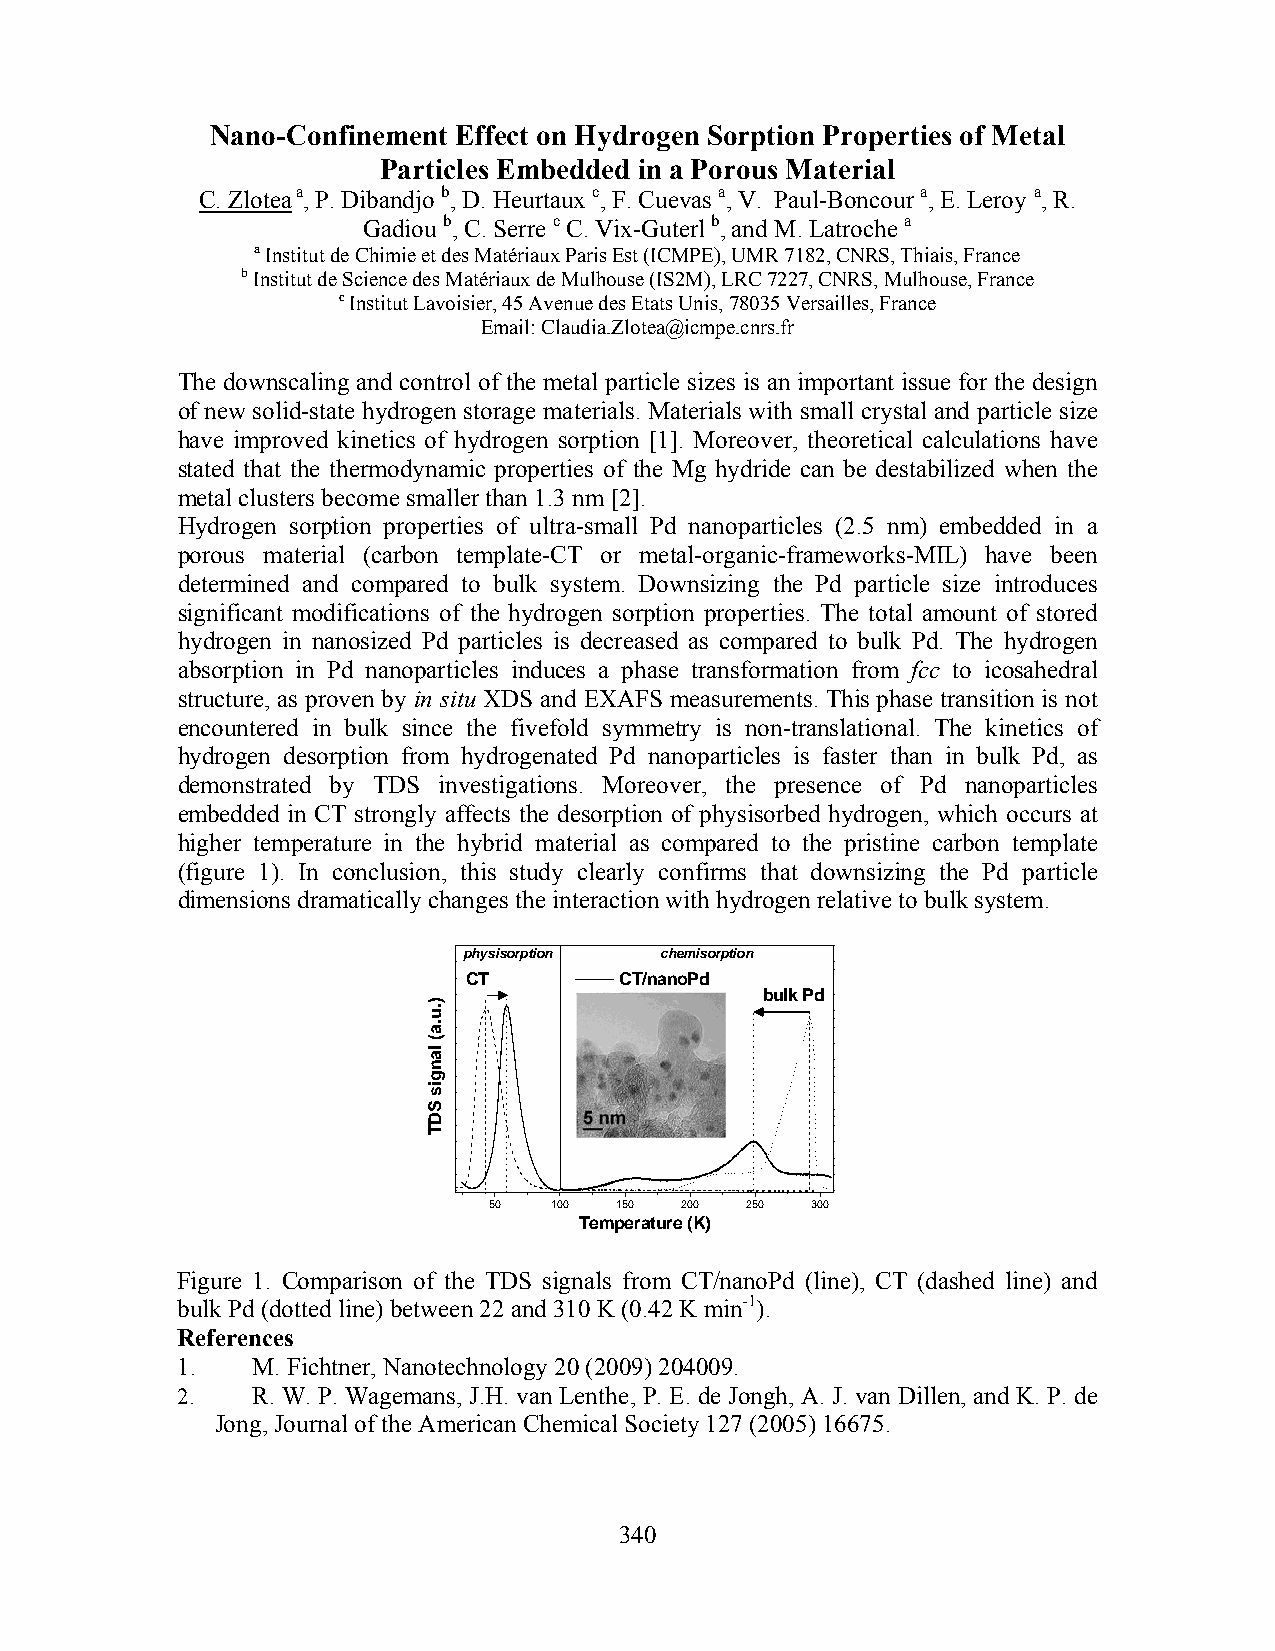
Nano-Confinement Effect on Hydrogen Sorption Properties of Metal
 Particles Embedded in a Porous Material
 C. Zlotea a, P. Dibandjo b, D. Heurtaux c, F. Cuevas a, V. Paul-Boncour a, E. Leroy a, R.
 Gadiou b, C. Serre c C. Vix-Guterl b, and M. Latroche a
 a Institut de Chimie et des Matériaux Paris Est (ICMPE), UMR 7182, CNRS, Thiais, France
 b Institut de Science des Matériaux de Mulhouse (IS2M), LRC 7227, CNRS, Mulhouse, France
 c Institut Lavoisier, 45 Avenue des Etats Unis, 78035 Versailles, France
 Email: Claudia.Zlotea@icmpe.cnrs.fr
 The downscaling and control of the metal particle sizes is an important issue for the design
 of new solid-state hydrogen storage materials. Materials with small crystal and particle size
 have improved kinetics of hydrogen sorption [1]. Moreover, theoretical calculations have
 stated that the thermodynamic properties of the Mg hydride can be destabilized when the
 metal clusters become smaller than 1.3 nm [2].
 Hydrogen sorption properties of ultra-small Pd nanoparticles (2.5 nm) embedded in a
 porous material (carbon template-CT or metal-organic-frameworks-MIL) have been
 determined and compared to bulk system. Downsizing the Pd particle size introduces
 significant modifications of the hydrogen sorption properties. The total amount of stored
 hydrogen in nanosized Pd particles is decreased as compared to bulk Pd. The hydrogen
 absorption in Pd nanoparticles induces a phase transformation from fcc to icosahedral
 structure, as proven by in situ XDS and EXAFS measurements. This phase transition is not
 encountered in bulk since the fivefold symmetry is non-translational. The kinetics of
 hydrogen desorption from hydrogenated Pd nanoparticles is faster than in bulk Pd, as
 demonstrated by TDS investigations. Moreover, the presence of Pd nanoparticles
 embedded in CT strongly affects the desorption of physisorbed hydrogen, which occurs at
 higher temperature in the hybrid material as compared to the pristine carbon template
 (figure 1). In conclusion, this study clearly confirms that downsizing the Pd particle
 dimensions dramatically changes the interaction with hydrogen relative to bulk system.
 physisorption chemisorption
 CT        CT/nanoPd
 bulk Pd
 50  100  150 200 250  300
 Temperature (K)
 Figure 1. Comparison of the TDS signals from CT/nanoPd (line), CT (dashed line) and
 bulk Pd (dotted line) between 22 and 310 K (0.42 K min-1).
 References
 1.   M. Fichtner, Nanotechnology 20 (2009) 204009.
 2.   R. W. P. Wagemans, J.H. van Lenthe, P. E. de Jongh, A. J. van Dillen, and K. P. de
 Jong, Journal of the American Chemical Society 127 (2005) 16675.
 340
 ).u.a(
 langis
 SDT